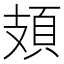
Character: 頍